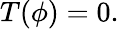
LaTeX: T(\phi)=0.